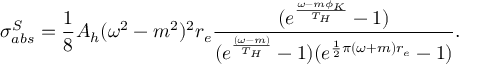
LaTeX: \sigma _ { a b s } ^ { S } = \frac { 1 } { 8 } A _ { h } ( \omega ^ { 2 } - m ^ { 2 } ) ^ { 2 } r _ { e } \frac { ( e ^ { \frac { \omega - m \phi _ { K } } { T _ { H } } } - 1 ) } { ( e ^ { \frac { ( \omega - m ) } { T _ { H } } } - 1 ) ( e ^ { \frac { 1 } { 2 } \pi ( \omega + m ) r _ { e } } - 1 ) } .